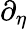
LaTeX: \partial_{\eta}